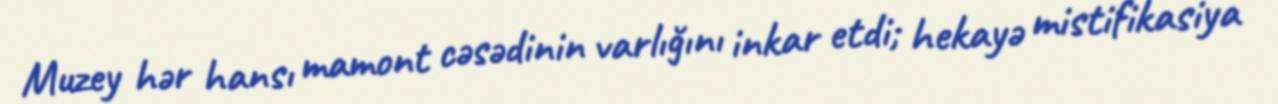
Muzey hər hansı mamont cəsədinin varlığını inkar etdi; hekayə mistifikasiya